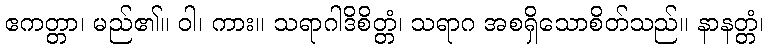
ဧကတ္တာ၊ မည်၏။ ဝါ၊ ကား။ သရာဂါဒိစိတ္တံ၊ သရာဂ အစရှိသောစိတ်သည်။ နာနတ္တံ၊